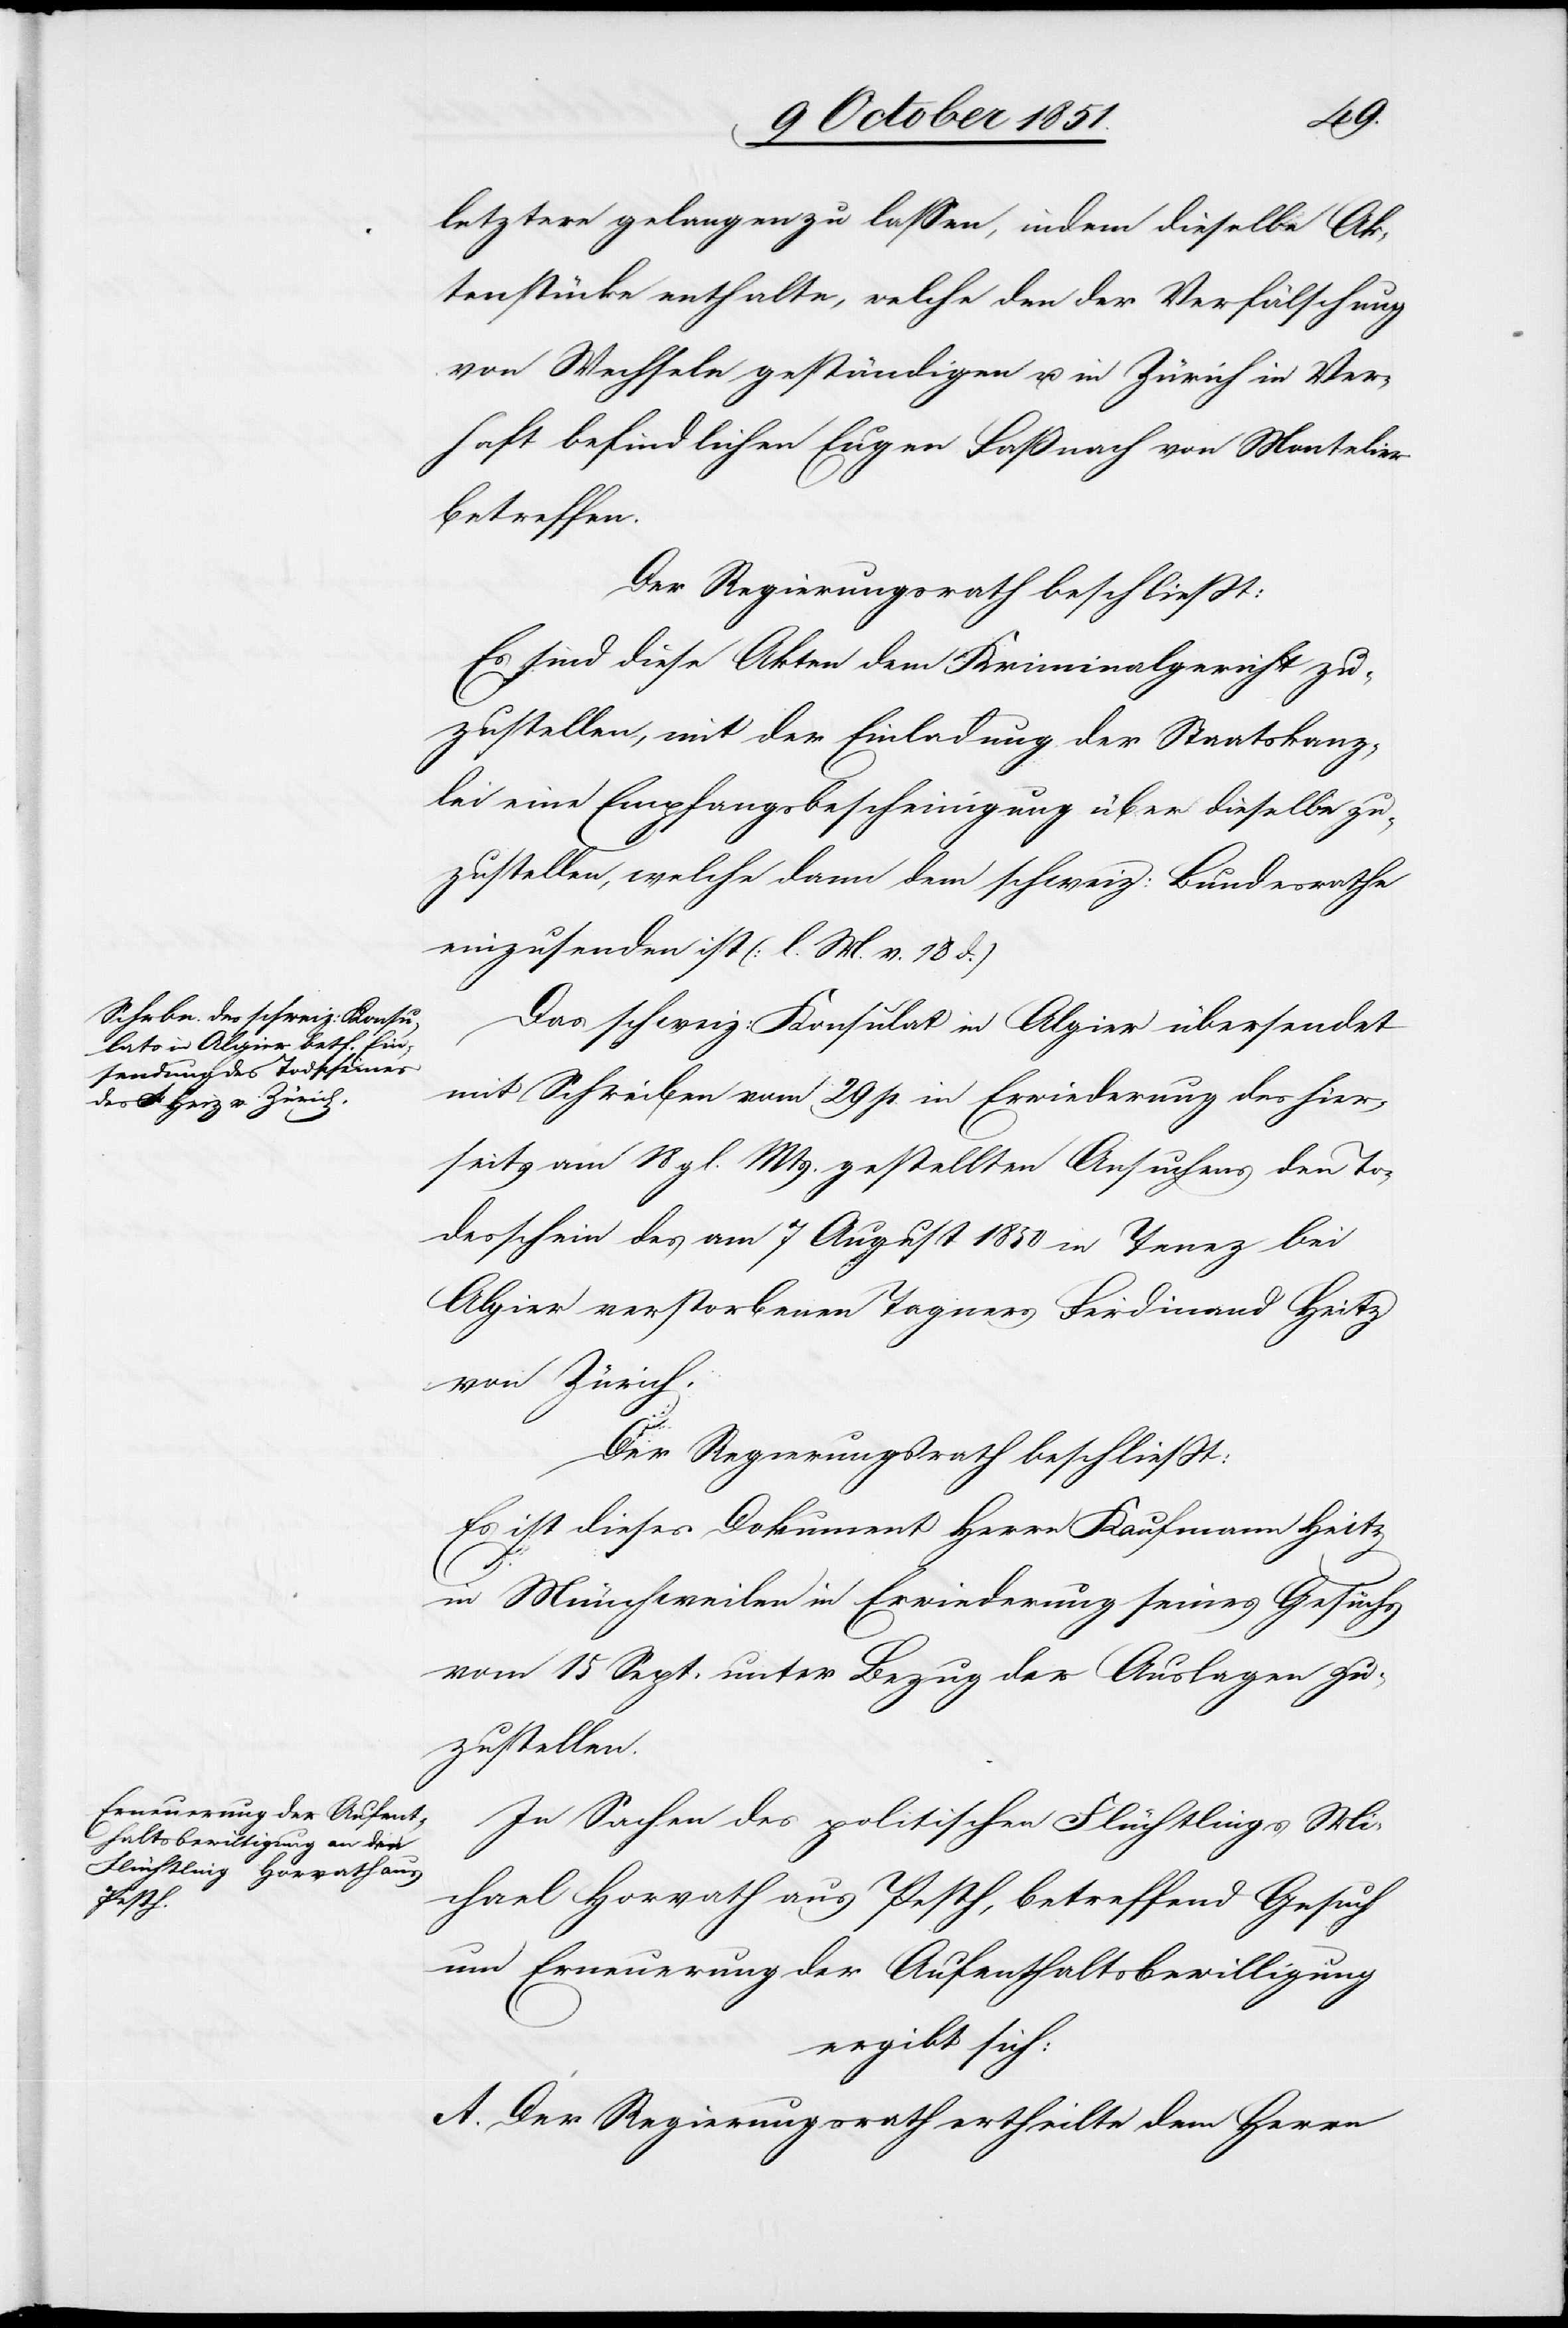
letztere gelangen zu lassen, indem dieselbe Ak¬
tenstücke enthalte, welche den der Verfälschung
von Wechseln geständigen u. in Zürich in Ver¬
haft befindlichen Eugen Faßnach von Montelier
betreffen.
Der Regierungsrath beschließt:
Es sind diese Akten dem Kriminalgericht zu¬
zustellen, mit der Einladung der Staatskanz¬
lei eine Empfangsbescheinigung über dieselbe zu¬
zustellen, welche dann dem schweiz: Bundesrathe
einzusenden ist (l. M. v. 18 d.)
Das schweiz: Konsulat in Algier übersendet
mit Schreiben vom 29 p. in Erwiederung des hier¬
seits am 18 gl. Mts. gestellten Ansuchens den To¬
desschein des am 7 August 1850 in Tenez bei
Algier verstorbenen Tagners Ferdinand Heitz
von Zürich.
Der Regierungsrath beschließt:
Es ist dieses Dokument Herrn Kaufmann Heitz
in Münchweilen in Erwiederung seines Gesuchs
vom 15 Sept. unter Bezug der Auslagen zu¬
zustellen.
In Sachen des politischen Flüchtlings Mi¬
chael Horvath aus Pesth, betreffend Gesuch
um Erneuerung der Aufenthaltsbewilligung
ergibt sich:
A. Der Regierungsrath ertheilte dem Herrn